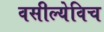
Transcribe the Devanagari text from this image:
वसील्येविच